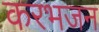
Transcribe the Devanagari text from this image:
करभजन